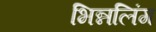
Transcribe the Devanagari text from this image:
भिन्नलिंग